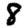
Digit: 8